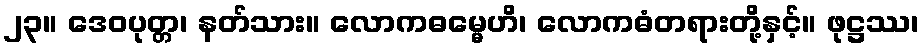
၂၃။ ဒေဝပုတ္တ၊ နတ်သား။ လောကဓမ္မေဟိ၊ လောကဓံတရားတို့နှင့်။ ဖုဋ္ဌဿ၊